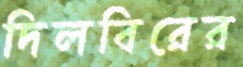
দিলবিরের